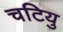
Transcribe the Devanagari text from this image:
चटियु